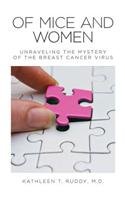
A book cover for Of Mice and Women: Unraveling the Mystery of the Breast Cancer Virus; Kathleen T Ruddy; Medical Books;